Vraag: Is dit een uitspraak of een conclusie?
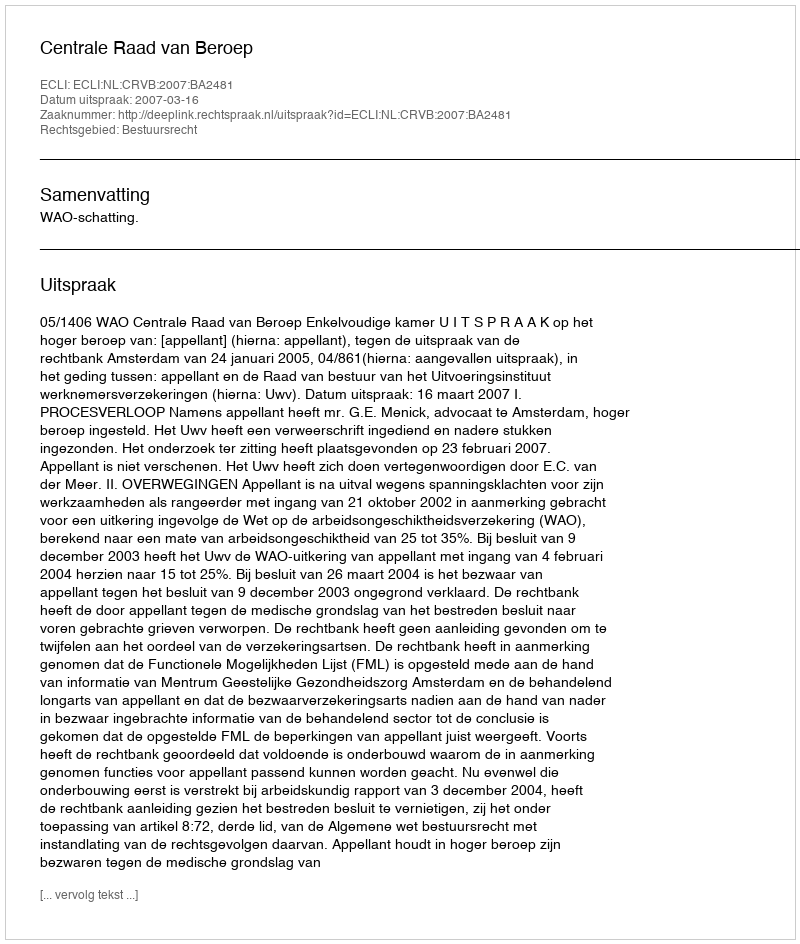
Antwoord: Uitspraak